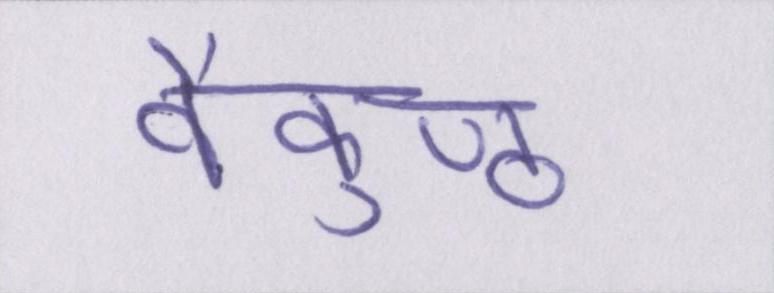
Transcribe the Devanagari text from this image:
वैकुण्ठ